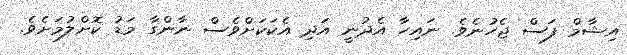
އިޝާމް ފަސް ޖެހުނެވެ. ނައިހާ އެދުނީ އަދި އެކަކަށްވެސް ނާންގާ މަޑު ކޮށްލުމަށެވެ.